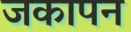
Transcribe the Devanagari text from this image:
जकापन